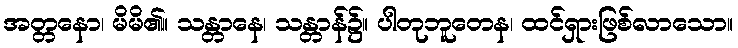
အတ္တနော၊ မိမိ၏။ သန္တာနေ၊ သန္တာန်၌။ ပါတုဘူတေန၊ ထင်ရှားဖြစ်လာသော။